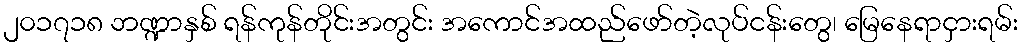
၂၀၁၇၁၈ ဘဏ္ဍာနှစ် ရန်ကုန်တိုင်းအတွင်း အကောင်အထည်ဖော်တဲ့လုပ်ငန်းတွေ၊ မြေနေရာငှားရမ်း